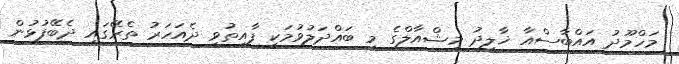
މަހްމޫދު އައްބާސްއާ ޚާލިދު މިޝްއާލްގެ މި ބައްދަލުވުމަކީ ފާއިތުވީ ދެއަހަރު ތެރޭގައި ދެބޭފުޅުން